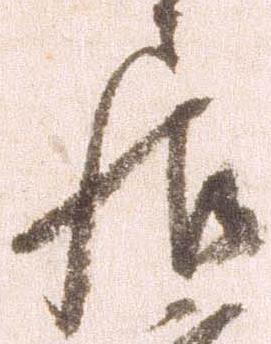
居